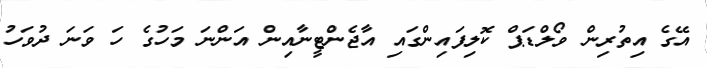
އޭގެ އިތުރިން ވޯލްޑަޕް ކޮލިފައިންގައި އާޖެންޓީނާއިން އަންނަ މަހުގެ ހަ ވަނަ ދުވަހު